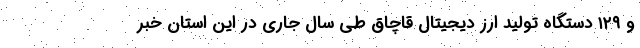
و ۱۲۹ دستگاه تولید ارز دیجیتال قاچاق طی سال جاری در این استان خبر